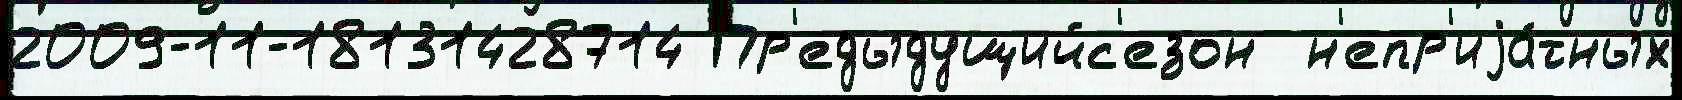
2009-11-18131428714 Пр'едыдущийс'езон  н'епр'иjа́тных